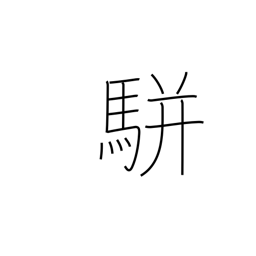
Meaning: two-horse carriage